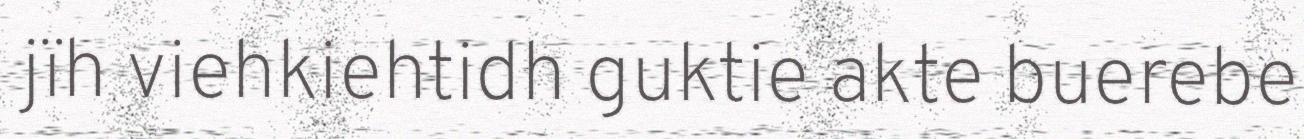
jïh viehkiehtidh guktie akte buerebe